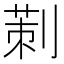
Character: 𠞁